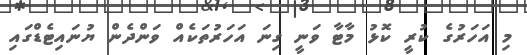
މި އަހަރުގެ ކުރީ ކޮޅު މާޓާ ވަނީ ގިނަ އަހަރުތަކެއް ވަންދެން ޔުނައިޓެޑްގައި